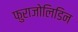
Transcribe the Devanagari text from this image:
फुराजोलिडिन